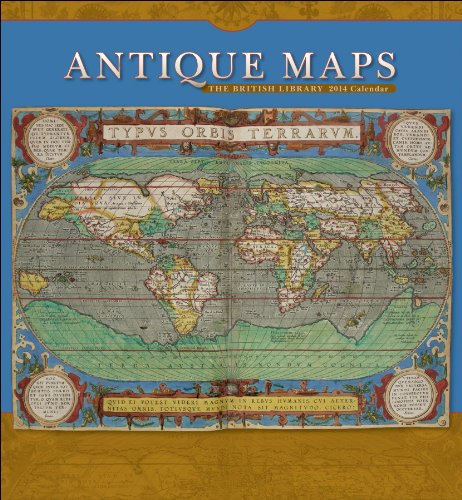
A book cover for Antique Maps 2014 Calendar; British Library; Calendars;